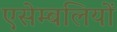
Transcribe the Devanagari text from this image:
एसेम्बलियों